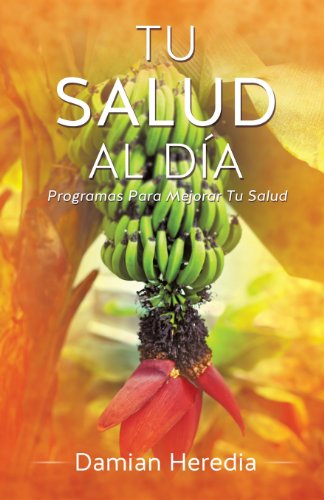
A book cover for Tu Salud Al Dia (Spanish Edition); Damian Heredia; Health, Fitness & Dieting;